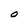
Character: O